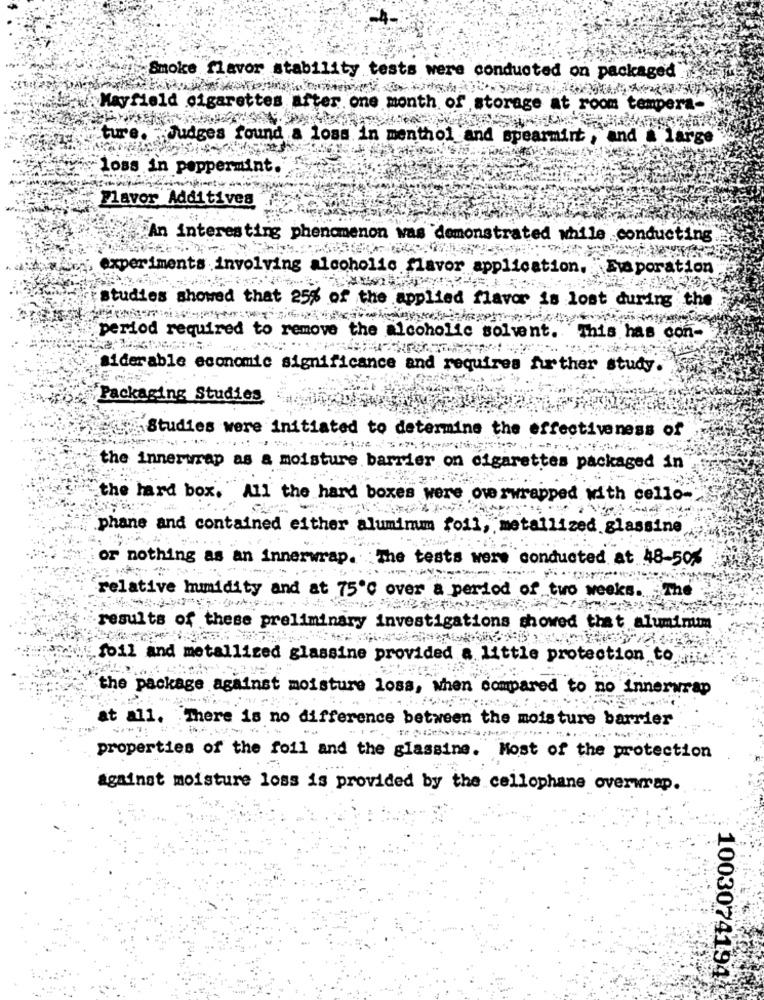
Smoke flavor stability tests were conducted on packaged
Mayfield cigarettes after one month of storage at room tempera-
ture. "Judges found a loss in menthol and spearmint, and a large
loss in peppermint.
Flavor Additives
An interesting phenomenon was demonstrated while conducting
experiments involving alcoholic flavor application. Evaporation
studies showed that 25% of the applied flavor is lost during the
period required to remove the alcoholic solvent. This has con-
siderable economic significance and requires further study.
Packaging Studies
Studies were initiated to determine the effectiveness of
the innerwrap as a moisture barrier on cigarettes packaged in
the lard box. All the hard boxes were owerwrapped with cello-
phane and contained either aluminum foil, metallized glassine
or nothing as an innerwrap
: The tests were conducted at 48-50%
relative humidity and at 75℃ over a period of two weeks ...
results of these prelim:
investigations showed that aluminum
foil and metallized glassine provided a little protection to
the package against moisture loss, when compared to no innerwrap
at all. There is no difference between the moisture barrier
...
properties of the foil and the glassine. Most of the protection
against moisture loss is provided by the cellophane overwrap.
1003074194